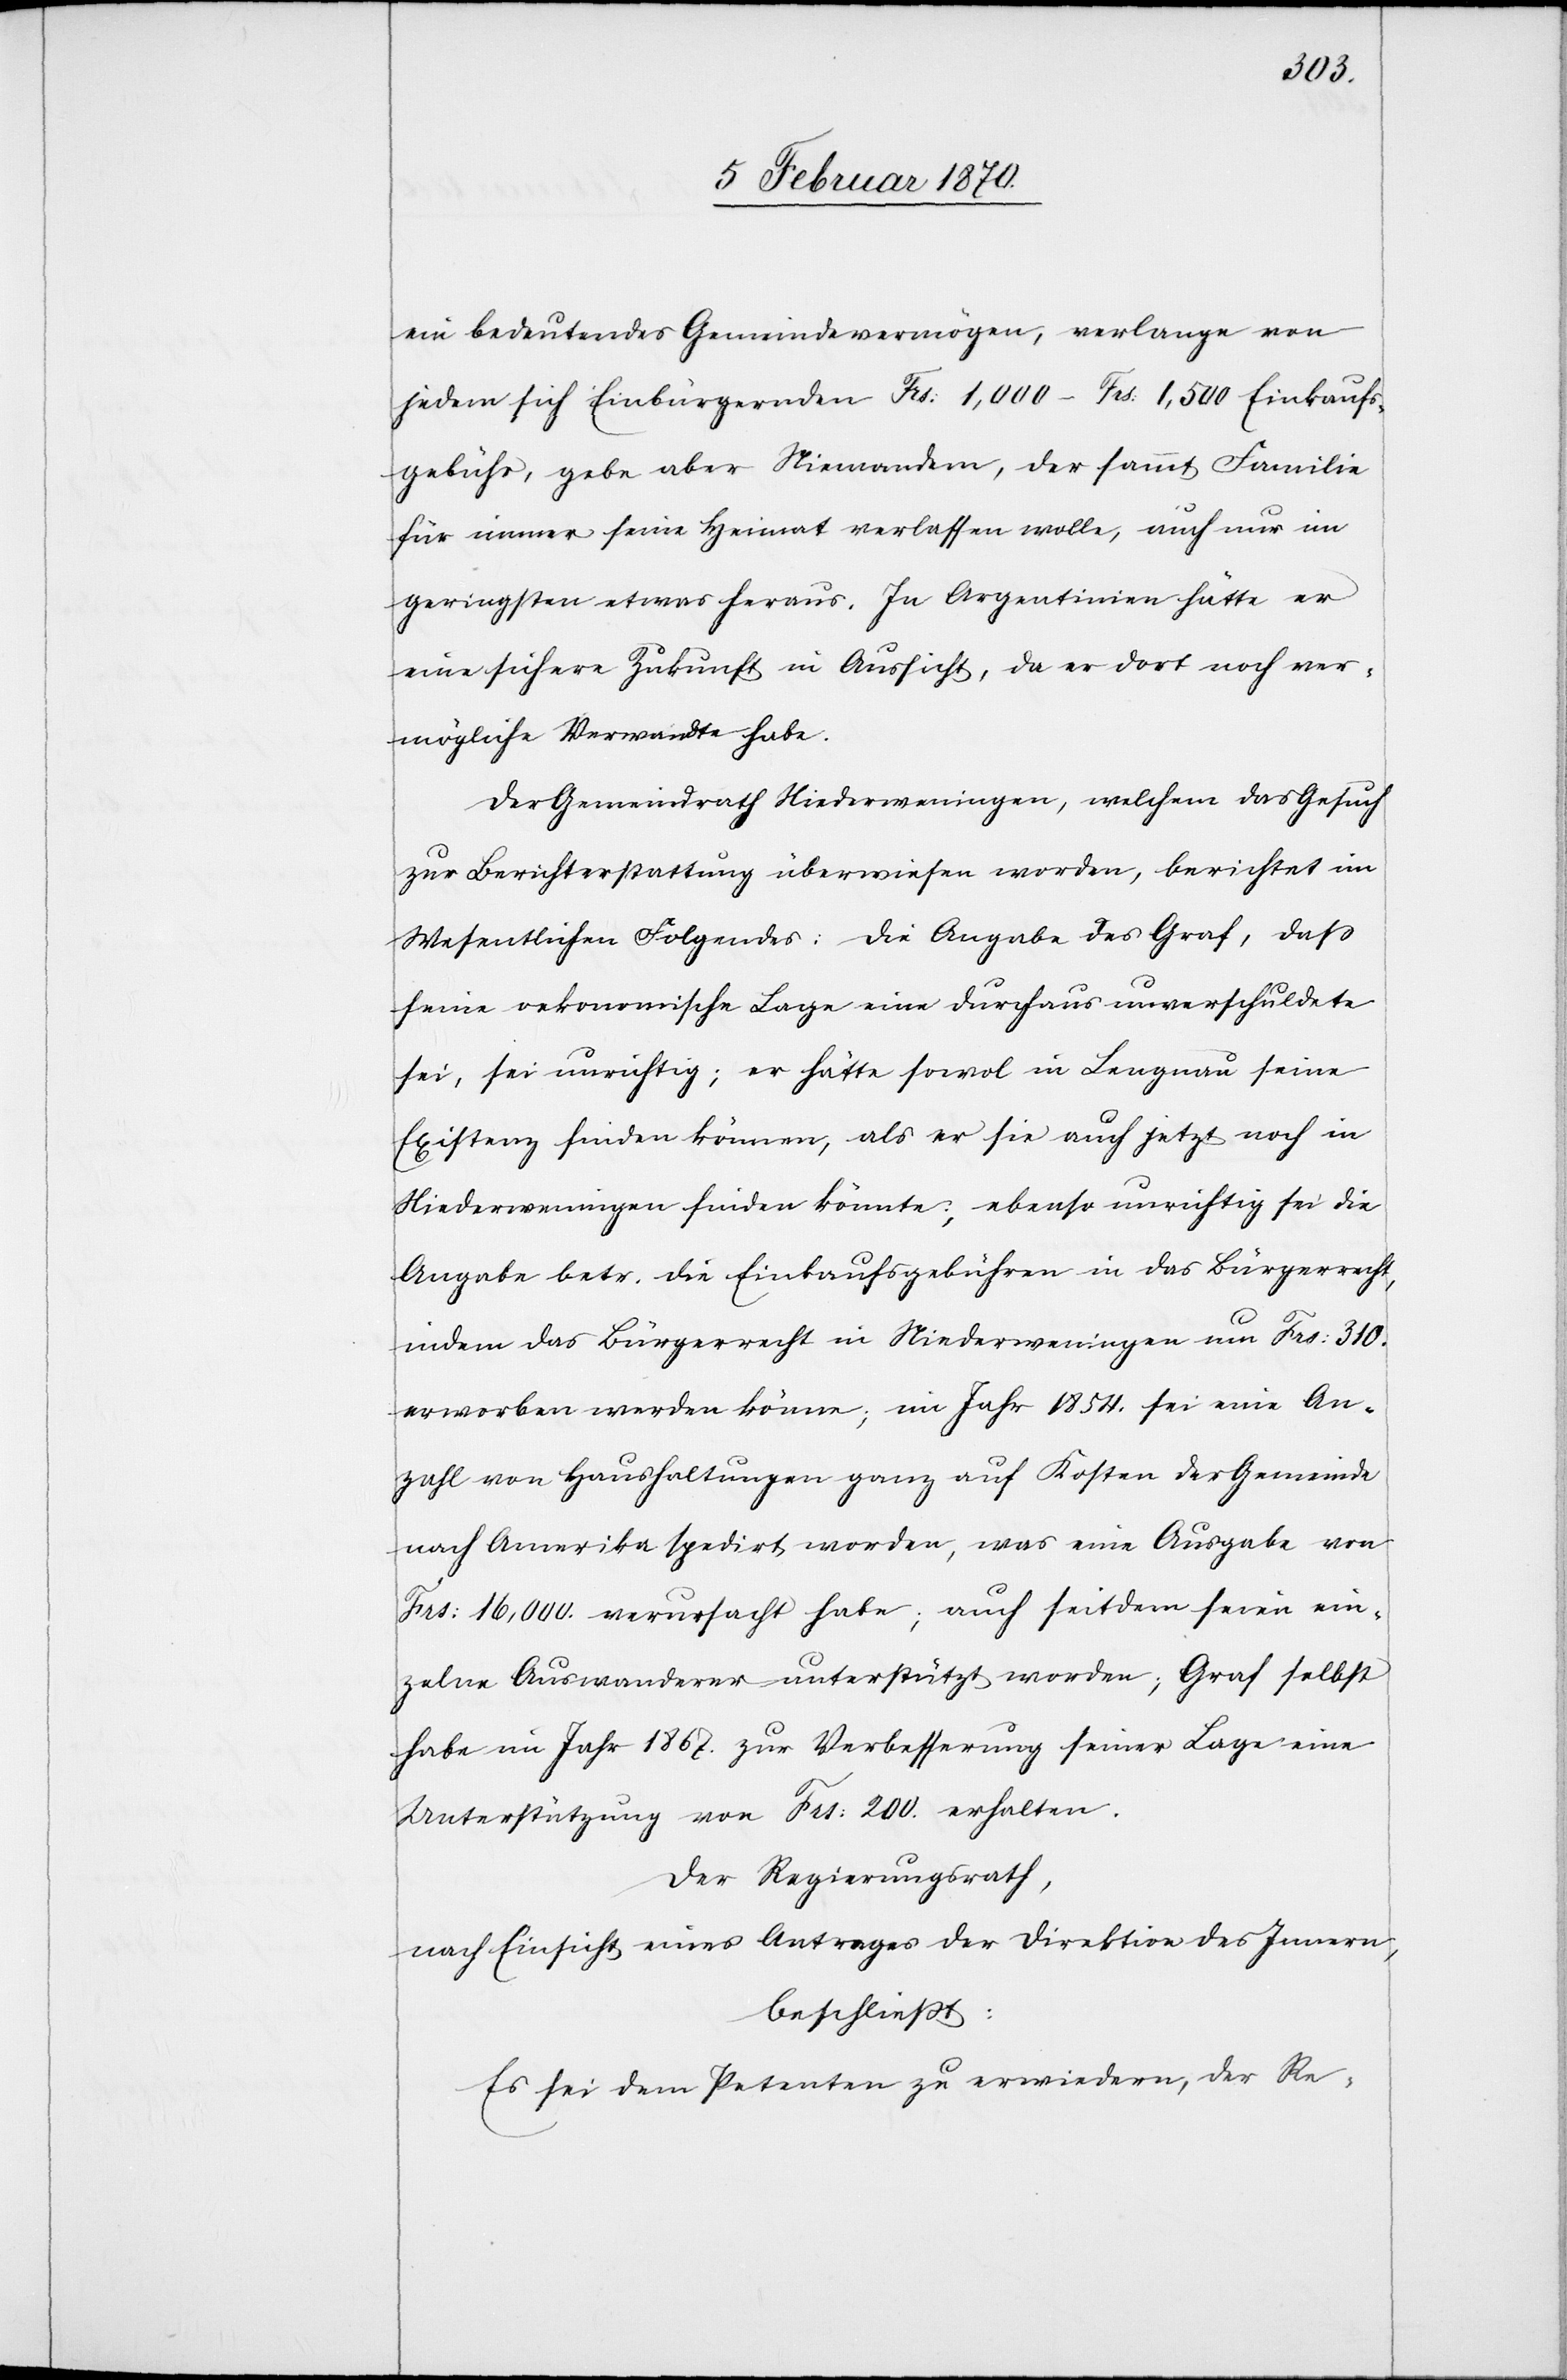
ein bedeutendes Gemeindevermögen, verlange von
jedem sich Einbürgernden Frs: 1,000–Frs: 1,500 Einkaufs¬
gebühr, gebe aber Niemandem, der sammt Familie
für immer seine Heimat verlassen wolle, auch nur im
geringsten etwas heraus. In Argentinien hätte er
eine sichere Zukunft in Aussicht, da er dort noch ver¬
mögliche Verwandte habe.
Der Gemeindrath Niederweningen, welchem das Gesuch
zur Berichterstattung überwiesen worden, berichtet im
Wesentlichen Folgendes: Die Angabe des Graf, dass
seine oekonomische Lage eine durchaus unverschuldete
sei, sei unrichtig; er hätte sowol in Lengnau seine
Existenz finden können, als er sie auch jetzt noch in
Niederweningen finden könnte; ebenso unrichtig sei die
Angabe betr. die Einkaufsgebühren in das Bürgerrecht,
indem das Bürgerrecht in Niederweningen um Frs: 310.
erworben werden könne; im Jahr 1854. sei eine An¬
zahl von Haushaltungen ganz auf Kosten der Gemeinde
nach Amerika spedirt worden, was eine Ausgabe von
Frs: 16,000. verursacht habe; auch seitdem seien ein¬
zelne Auswanderer unterstützt worden; Graf selbst
habe im Jahr 1867. zu Verbesserung seiner Lage eine
Unterstützung von Frs: 200. erhalten.
Der Regierungsrath,
nach Einsicht eines Antrages der Direktion des Innern,
beschliesst:
Es sei dem Petenten zu erwiedern, der Re-